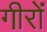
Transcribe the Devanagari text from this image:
गीरों